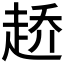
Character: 𰷶